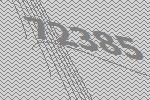
72385